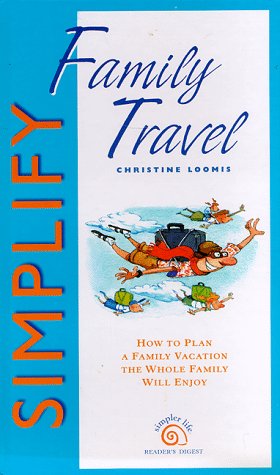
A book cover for Simplify Family Travel (Simpler Life Series); Christine Loomis; Travel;